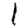
Digit: 1